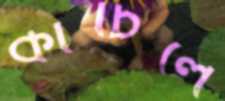
কাচিলে